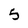
Character: 5